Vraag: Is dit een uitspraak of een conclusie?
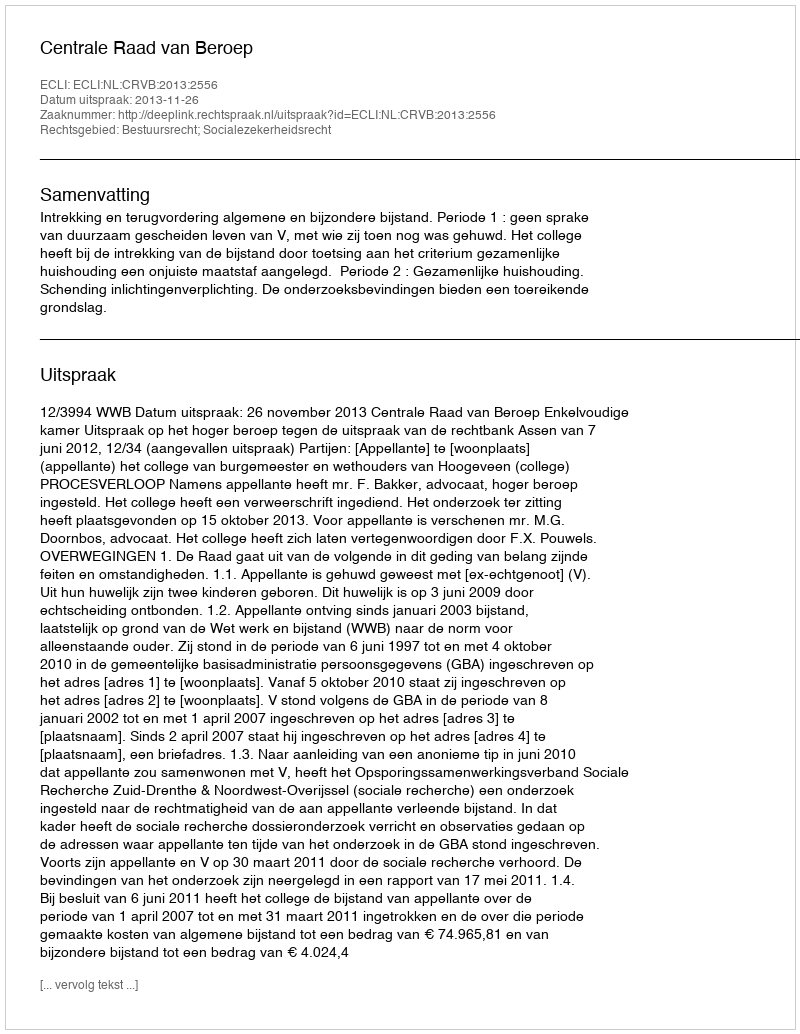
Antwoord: Uitspraak